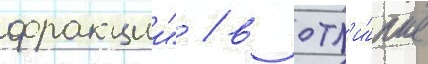
фракции" / в отл'и́чие